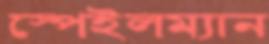
স্পেইলম্যান